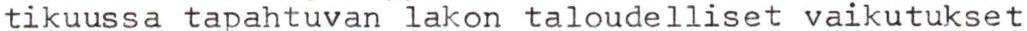
tikuussa tapahtuvan lakon taloudelliset vaikutukset